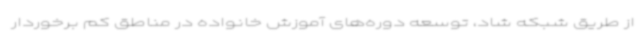
از طریق شبکه شاد، توسعه دوره‌های آموزش خانواده در مناطق کم برخوردار